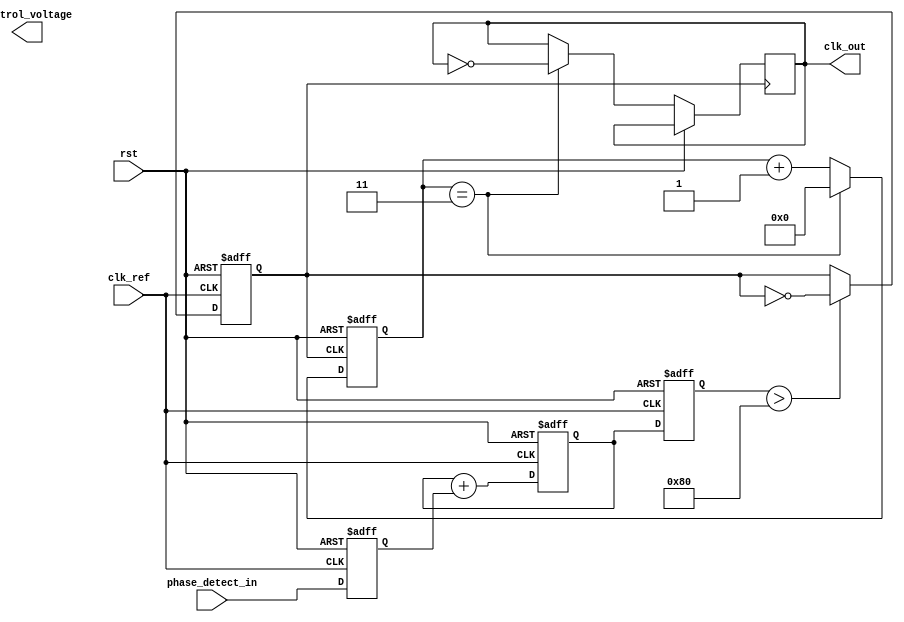
module frac_n_pll (
    input wire clk_ref,        // Reference clock input
    input wire rst,            // Reset signal
    input wire phase_detect_in, // Phase detector input signal
    output wire clk_out,       // PLL output clock
    output wire [7:0] control_voltage // Control voltage for VCO (example width)
);

// Phase Detector
reg phase_error;
always @(posedge clk_ref or posedge rst) begin
    if (rst) begin
        phase_error <= 1'b0; // Reset phase error
    end else begin
        // Simple phase detector logic
        phase_error <= phase_detect_in; // For simplicity
    end
end

// Loop Filter (Simple 1st order)
reg [7:0] loop_filter_out;
always @(posedge clk_ref or posedge rst) begin
    if (rst) begin
        loop_filter_out <= 8'b0; // Reset filter output
    end else begin
        // Simple loop filtering
        loop_filter_out <= loop_filter_out + phase_error; // Integrate phase error
    end
end

// Voltage-Controlled Oscillator (VCO)
reg vco_out;
reg [7:0] vco_control;
always @(posedge clk_ref or posedge rst) begin
    if (rst) begin
        vco_out <= 1'b0; // Reset VCO output
        vco_control <= 8'b0; // Reset control voltage
    end else begin
        vco_control <= loop_filter_out; // Set control voltage
        // Simple VCO model (toggle based on control voltage)
        if (vco_control > 8'd128) // Example threshold for toggling
            vco_out <= ~vco_out;
    end
end

// Frequency Divider (N Divider)
parameter N = 4; // Example divider value
reg [N-1:0] counter;
always @(posedge vco_out or posedge rst) begin
    if (rst) begin
        counter <= 0;
    end else begin
        counter <= counter + 1;
        if (counter == N - 1) begin
            clk_out <= ~clk_out; // Generate output clock
            counter <= 0; // Reset counter
        end
    end
end

// Fractional Divider (Simple representation)
reg [15:0] frac_counter;
always @(posedge clk_ref or posedge rst) begin
    if (rst) begin
        frac_counter <= 0;
    end else begin
        // Simple fractional division example
        frac_counter <= frac_counter + 1; // Increment fractional counter
        if (frac_counter >= 16'd65535) // Example condition for fractional division
            frac_counter <= 0; // Reset if threshold exceeded
    end
end

endmodule